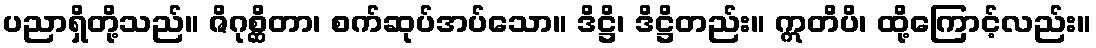
ပညာရှိတို့သည်။ ဇိဂုစ္ဆိတာ၊ စက်ဆုပ်အပ်သော။ ဒိဋ္ဌိ၊ ဒိဋ္ဌိတည်း။ ဣတိပိ၊ ထို့ကြောင့်လည်း။